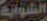
الشواية